Tartu_pedagoogiumi_aruanded, lk 15
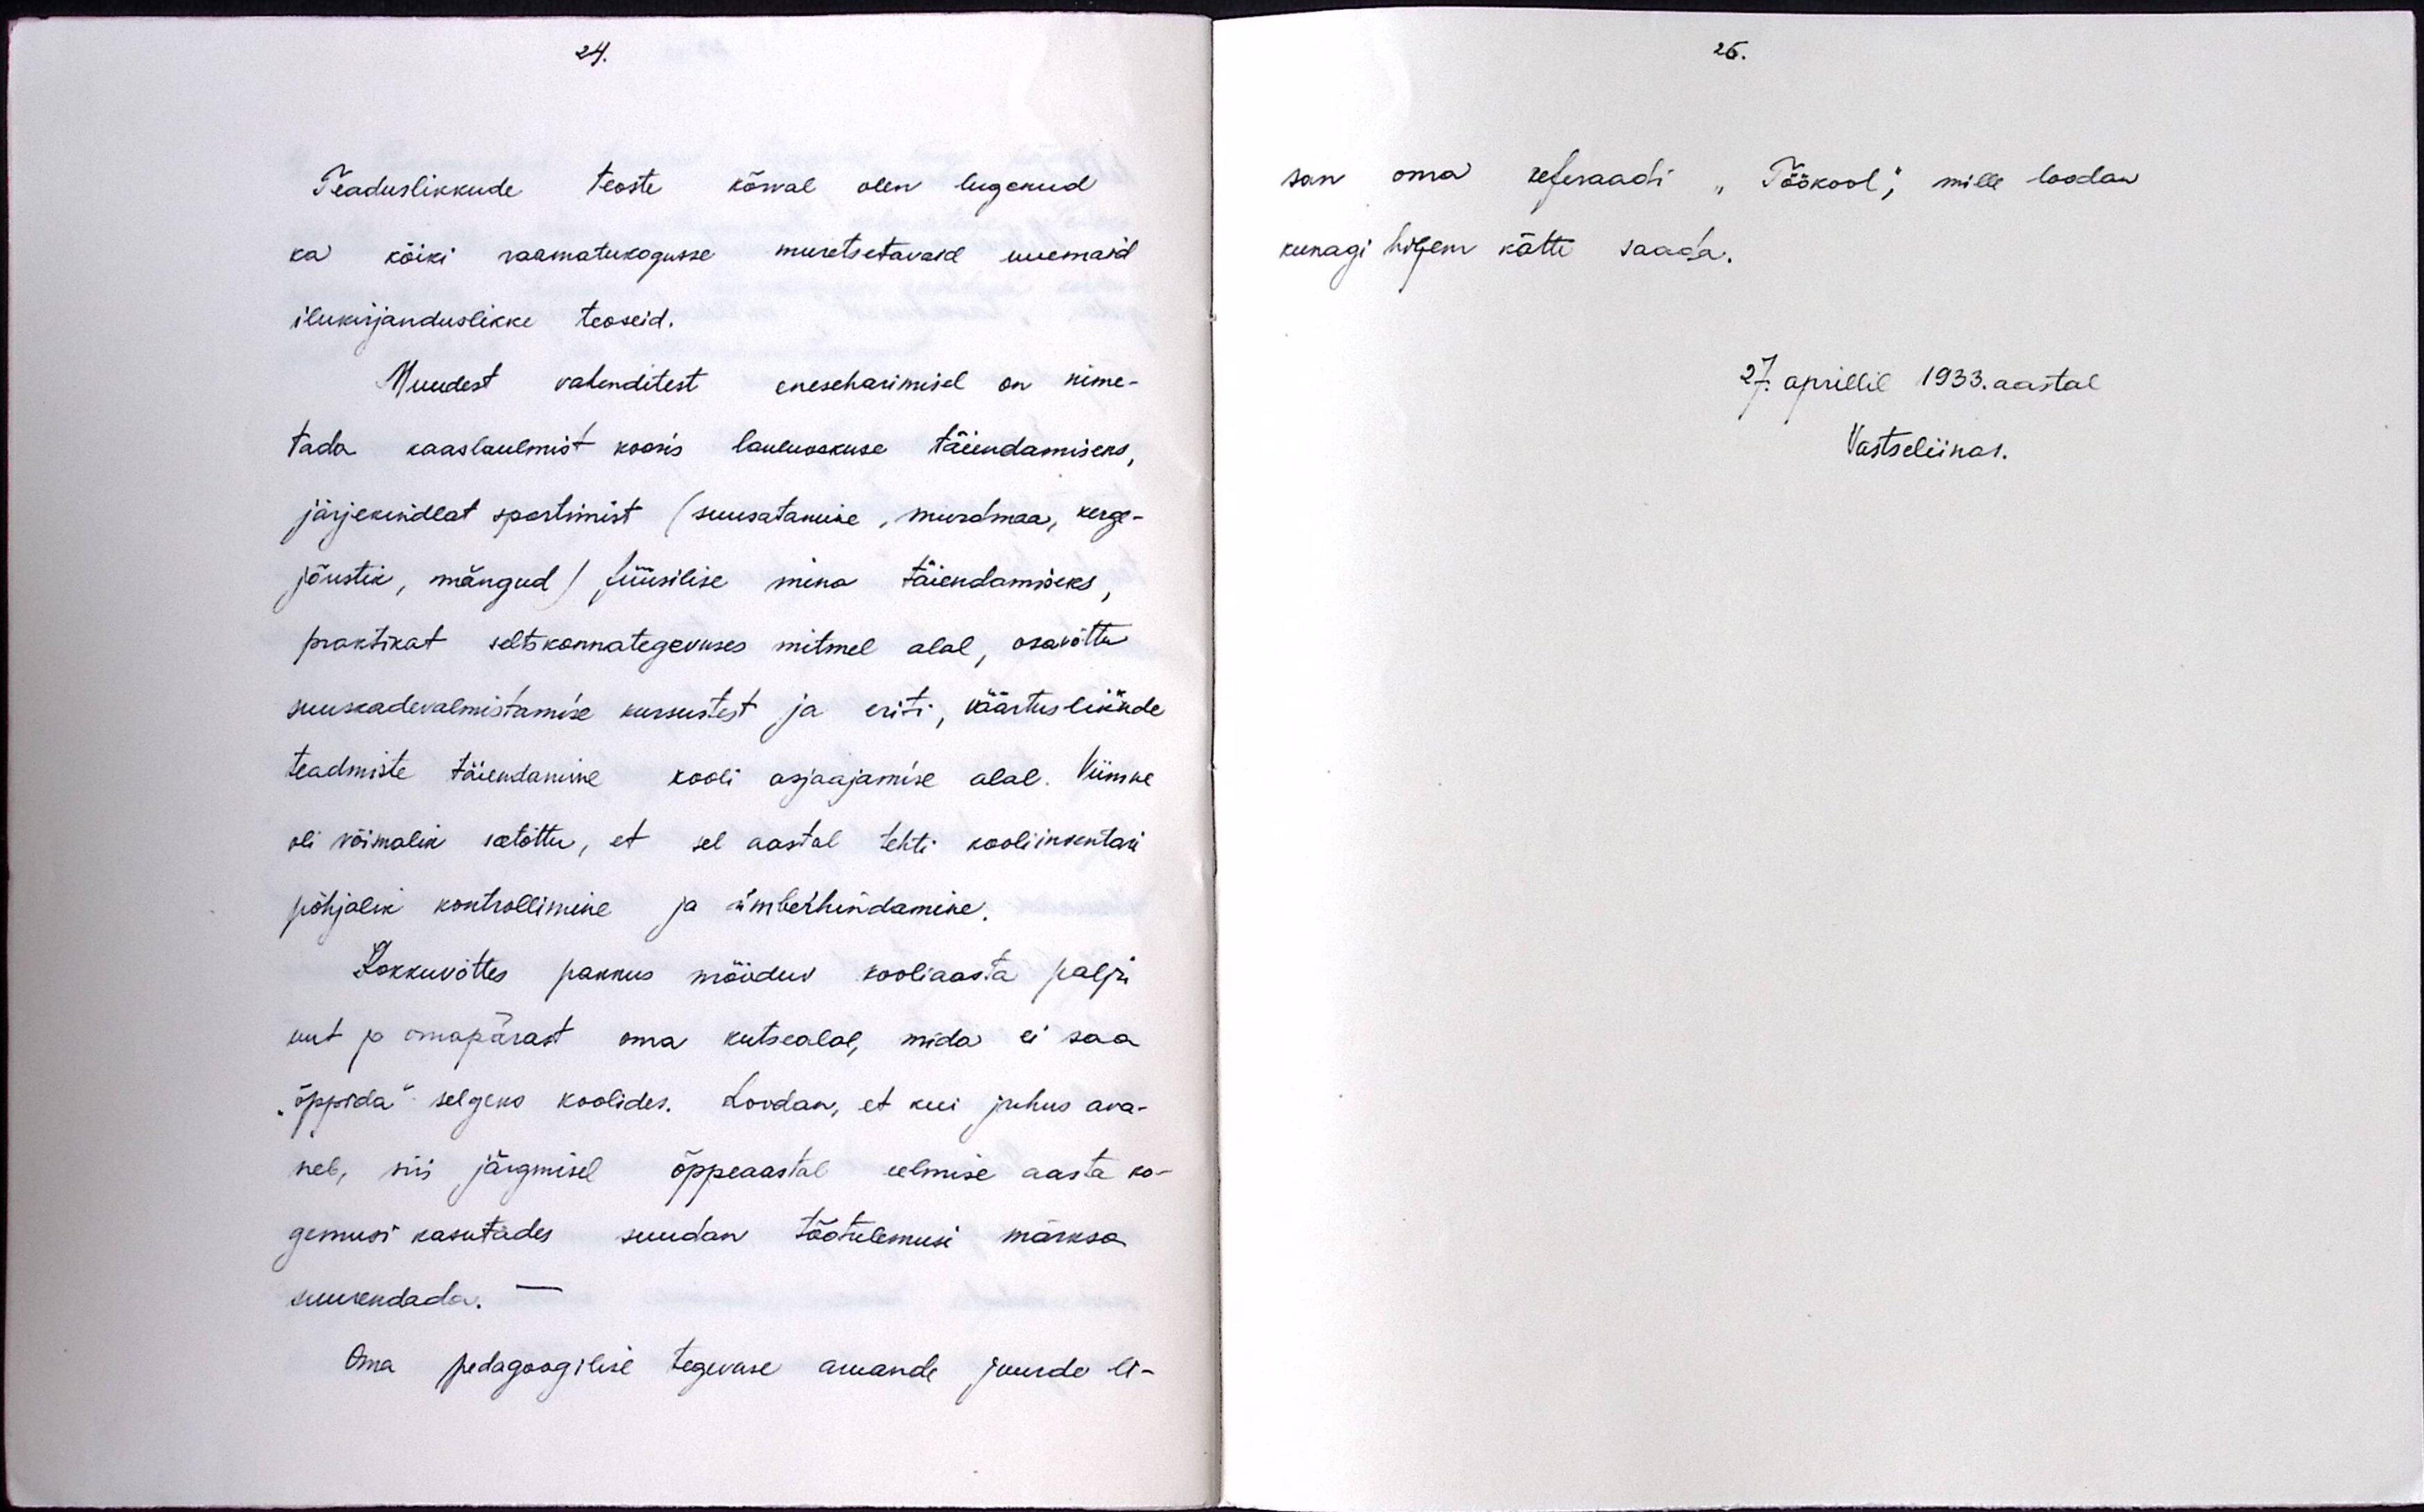
24.
Teaduslikkude teoste kõrval olen lugenud
ka kõiki raamatukogusse muretsetavaid uuemaid
ilukirjanduslikke teoseid.
Muudest vahenditest eneseharimisel on nime-
tada kaaslaulmist kooris lauluoskuse täiendamiseks,
järjekindlat spostimist (suusatamise, murdmaa, kerge-
jõustik, mängud) füüsilise mina täiendamiseks,
praktikat seltskonnategevuses mitmel alal, osavõtta
suuskadevalmistamise kursustest ja eriti, väärtuslikude
teadmiste täiendamine kooli asjaajamise alal. Viimne
oli võimalik seetõttu, et sel aastal tehti kooliinventari
põhjalik kontrollimine ja ümberhindamine.
Kokkuvõttes pakkus mõõduv kooliaasta palju
uut ja omapärast oma kutsealal, mida ei saa
"õppida" selgeks koolides. Loodan, et kui juhus ava-
neb, siis järgmisel õppeaastal eelmise aasta ko-
gemusi kasutades suudan töötulemusi märksa
suurendada.
Oma pedagoogilise tegevuse aruande juurde li-

26.
san oma referaadi "Töökool", mille loodan
kunagi hiljem kätte saada.
27. aprillil 1933. aastal.
Vastseliinas.